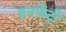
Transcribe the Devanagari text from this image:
इनफ़ेंट्री